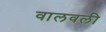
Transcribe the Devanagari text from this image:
वालवली